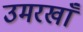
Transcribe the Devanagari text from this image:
उमरखाँ